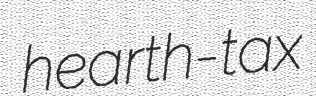
hearth-tax